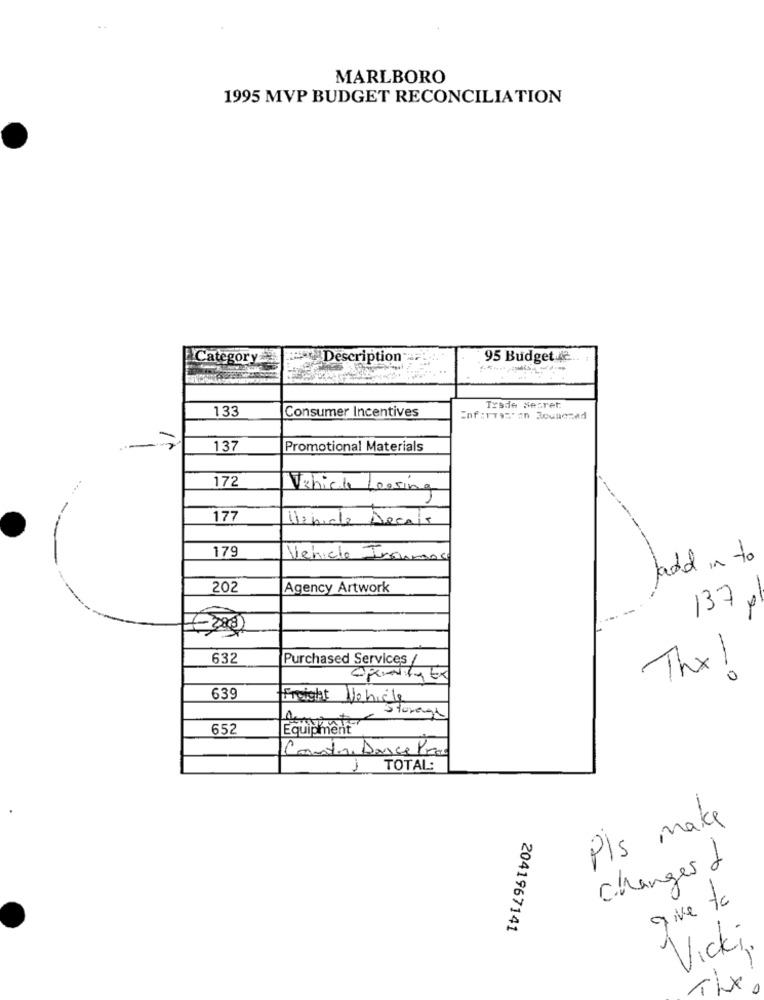
MARLBORO
1995 MVP BUDGET RECONCILIATION
Category
Description
95 Budget 42
133
Trade Secret
Consumer Incentives
137
Promotional Materials
172
Vehicle Lessing
177
Uliniche Decair
179
Vehicle Insurance
ladd in to
202
Agency Artwork
137,
632
Purchased Services /
Thx !
639
Freight Vehicle
Storage
652
Equipment
Contre Danse Pro
TOTAL:
Pls make
changes d
give to
2041967141
Vicki